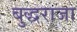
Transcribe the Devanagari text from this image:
बुद्धराजा